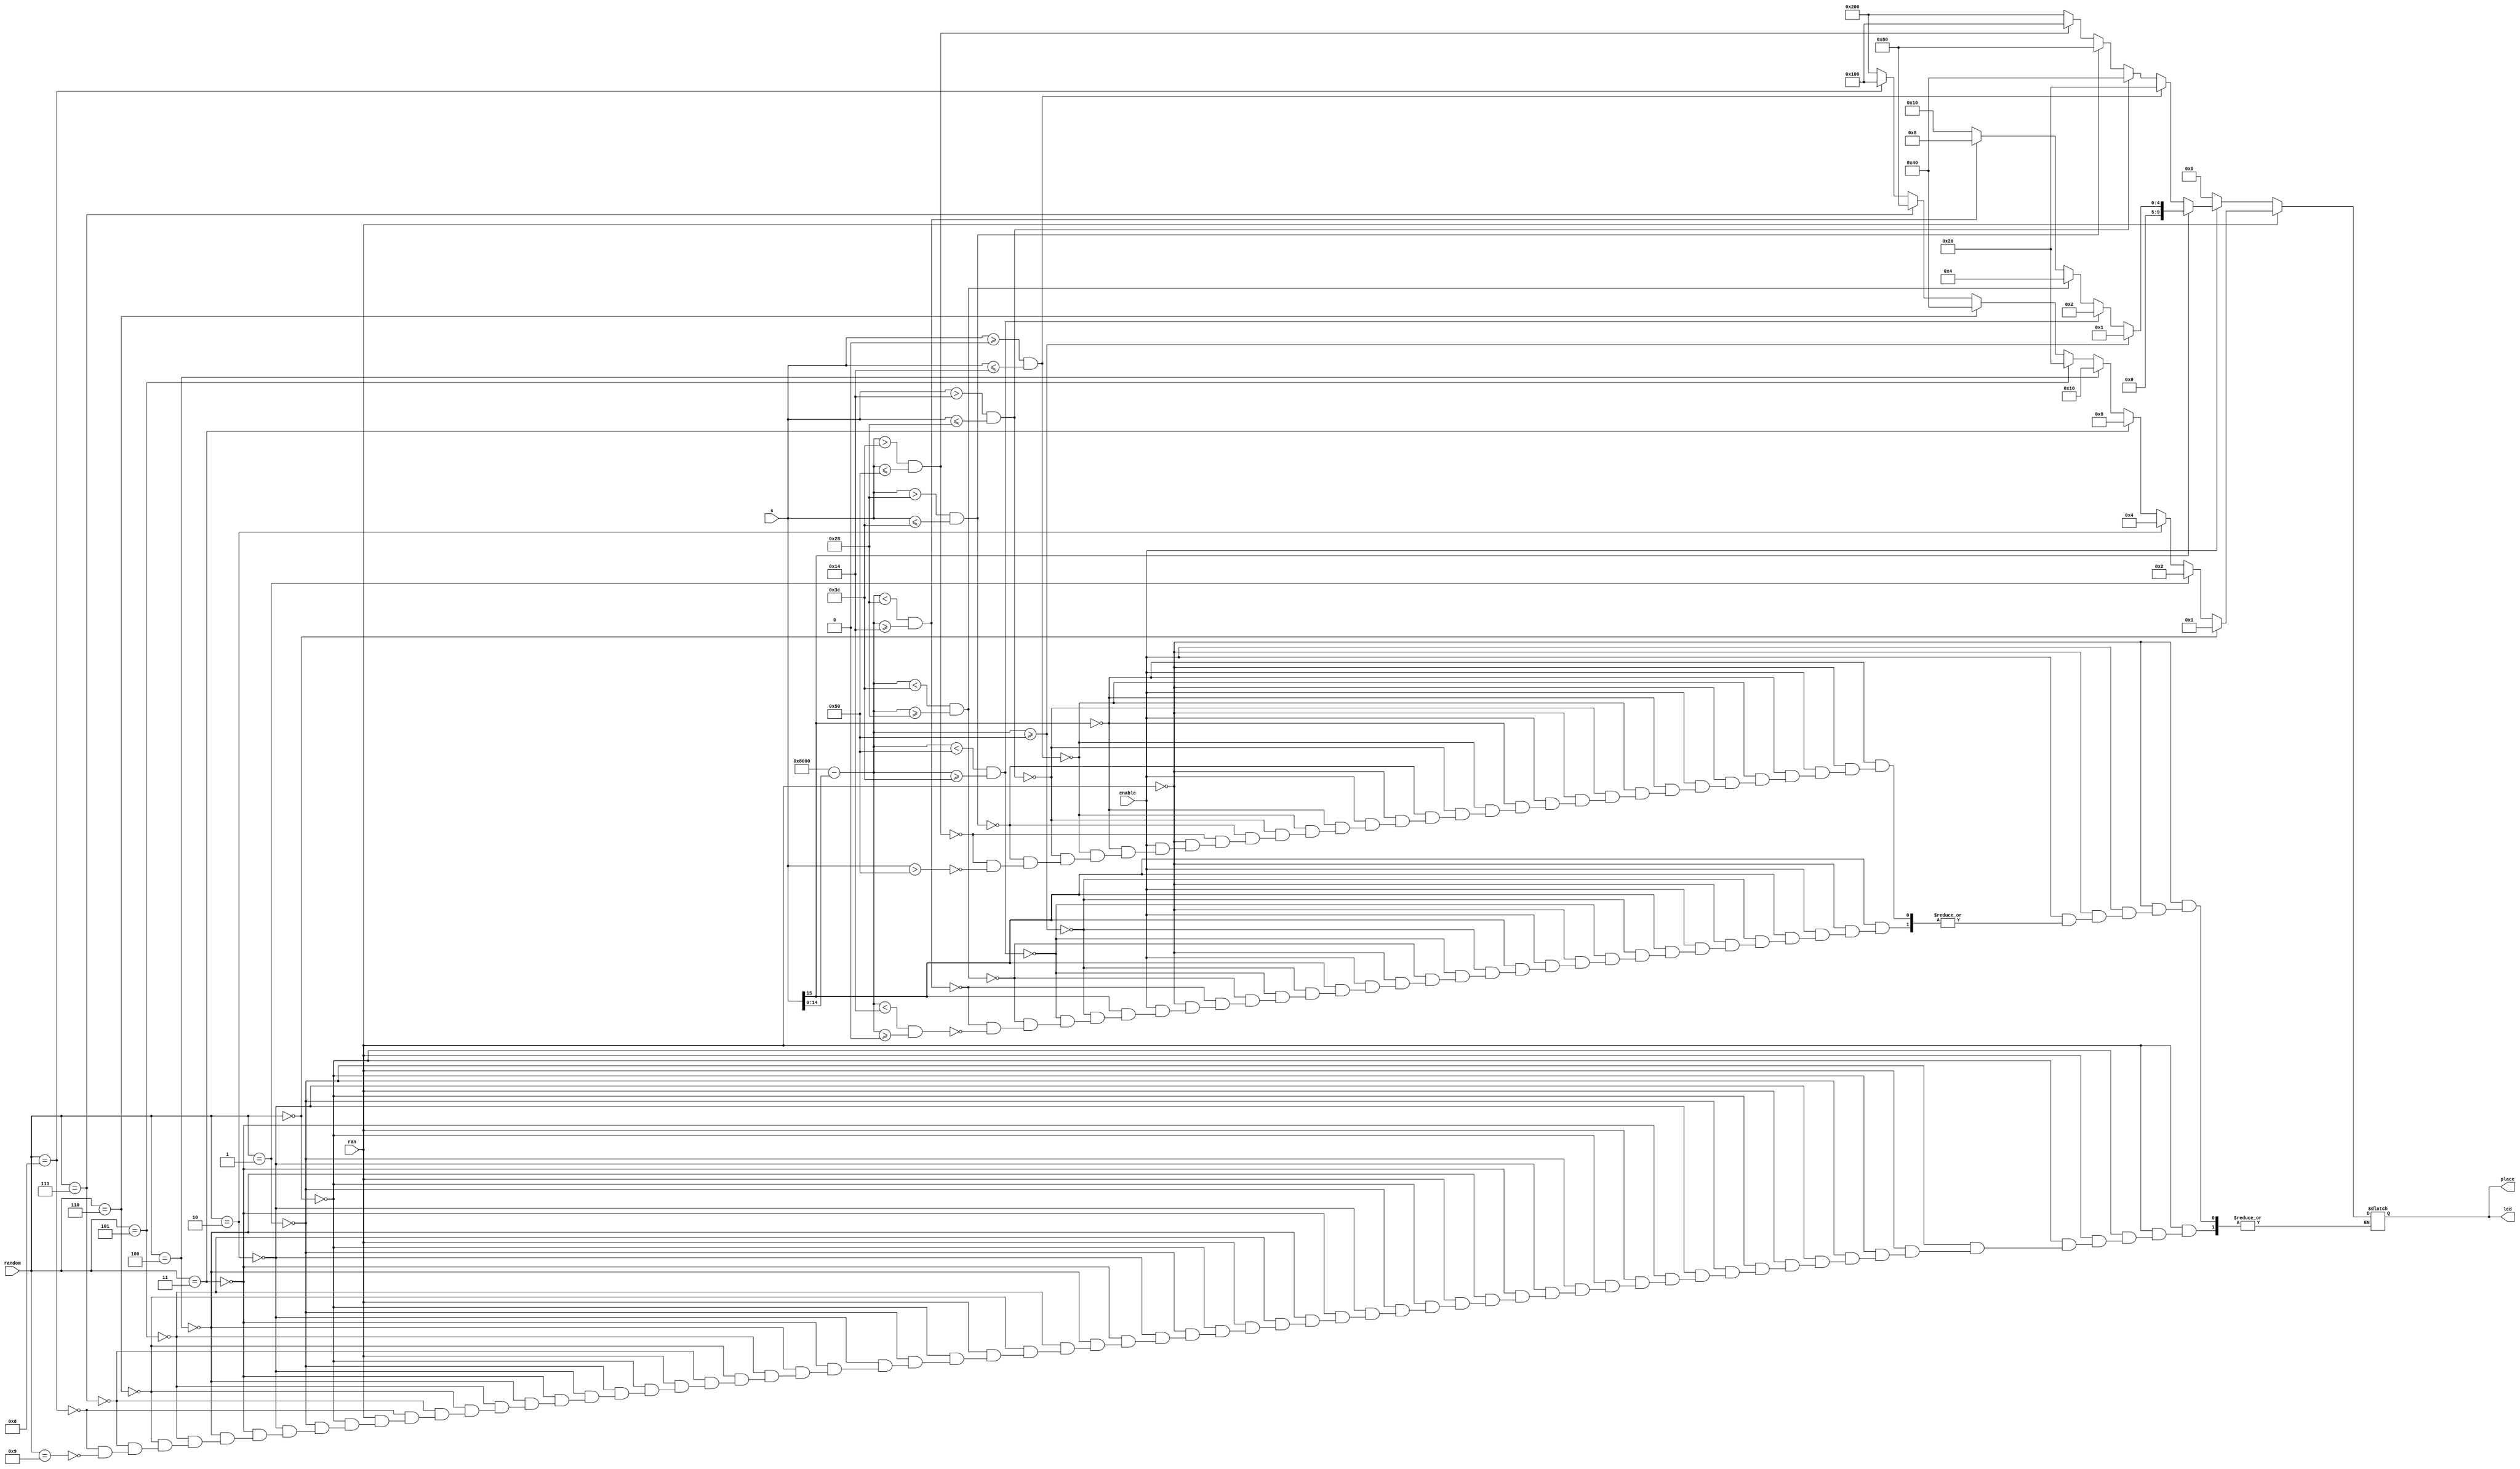

//=======================================================
//  This code is generated by Terasic System Builder
//=======================================================

module remapper(

	//////////// CLOCK //////////
	input 		[15:0] s,
	//////////// SW //////////
	output wire  [9:0] led,
	output wire [9:0]	place,
	input 			enable,
	input ran,
	input [3:0] random 
);



//=======================================================
//  REG/WIRE declarations
//=======================================================
reg [9:0] out;
reg [15:0] smooth;
always @(*) begin
if(ran ==1'b1) begin
	if(random==4'b0000) 
		out=10'b00_0000_0001;
	else if (random==4'b0001)
		out=10'b00_0000_0010;
	else if (random==4'b0010)
		out=10'b00_0000_0100;
	else if (random==4'b0011)
		out=10'b00_0000_1000;
	else if (random==4'b0100)
		out=10'b00_0001_0000;
	else if (random==4'b0101)
		out=10'b00_0010_0000;
	else if (random==4'b0110)
		out=10'b00_0100_0000;
	else if (random==4'b0111)
		out=10'b00_1000_0000;
	else if (random==4'b1000)
		out=10'b01_0000_0000;
	else if (random==4'b1001)
		out=10'b10_0000_0000;
end 
else begin
if(enable ==1'b0) begin
	out=10'b00_0000_0000;
end
else begin
if(s[15]==1'b1) begin
	smooth=16'h8000-s[14:0];
	if(smooth >=80)
	out=10'b00_0000_0001;
	else if(smooth < 80 && smooth >=60)
	out=10'b00_0000_0010;
	else if(smooth <60 && smooth >=40)
	out=10'b00_0000_0100;
	else if(smooth <40 && smooth >=20)
	out=10'b00_0000_1000;
	else if(smooth <20 && smooth >=0)
	out=10'b00_0001_0000;
end
else begin
	smooth=s;
	if(smooth >=0 && smooth <=20)
	out=10'b00_0010_0000;
	else if(smooth >20 && smooth <=40)
	out=10'b00_0100_0000;
	else if(smooth >40 && smooth <=60)
	out=10'b00_1000_0000;
	else if(smooth >60 && smooth <=80)
	out=10'b01_0000_0000;
	else if(smooth > 80 )
	out=10'b10_0000_0000;
	end
end
end
end
assign led=out;
assign place=out;
endmodule